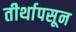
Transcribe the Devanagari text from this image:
तीर्थापसून